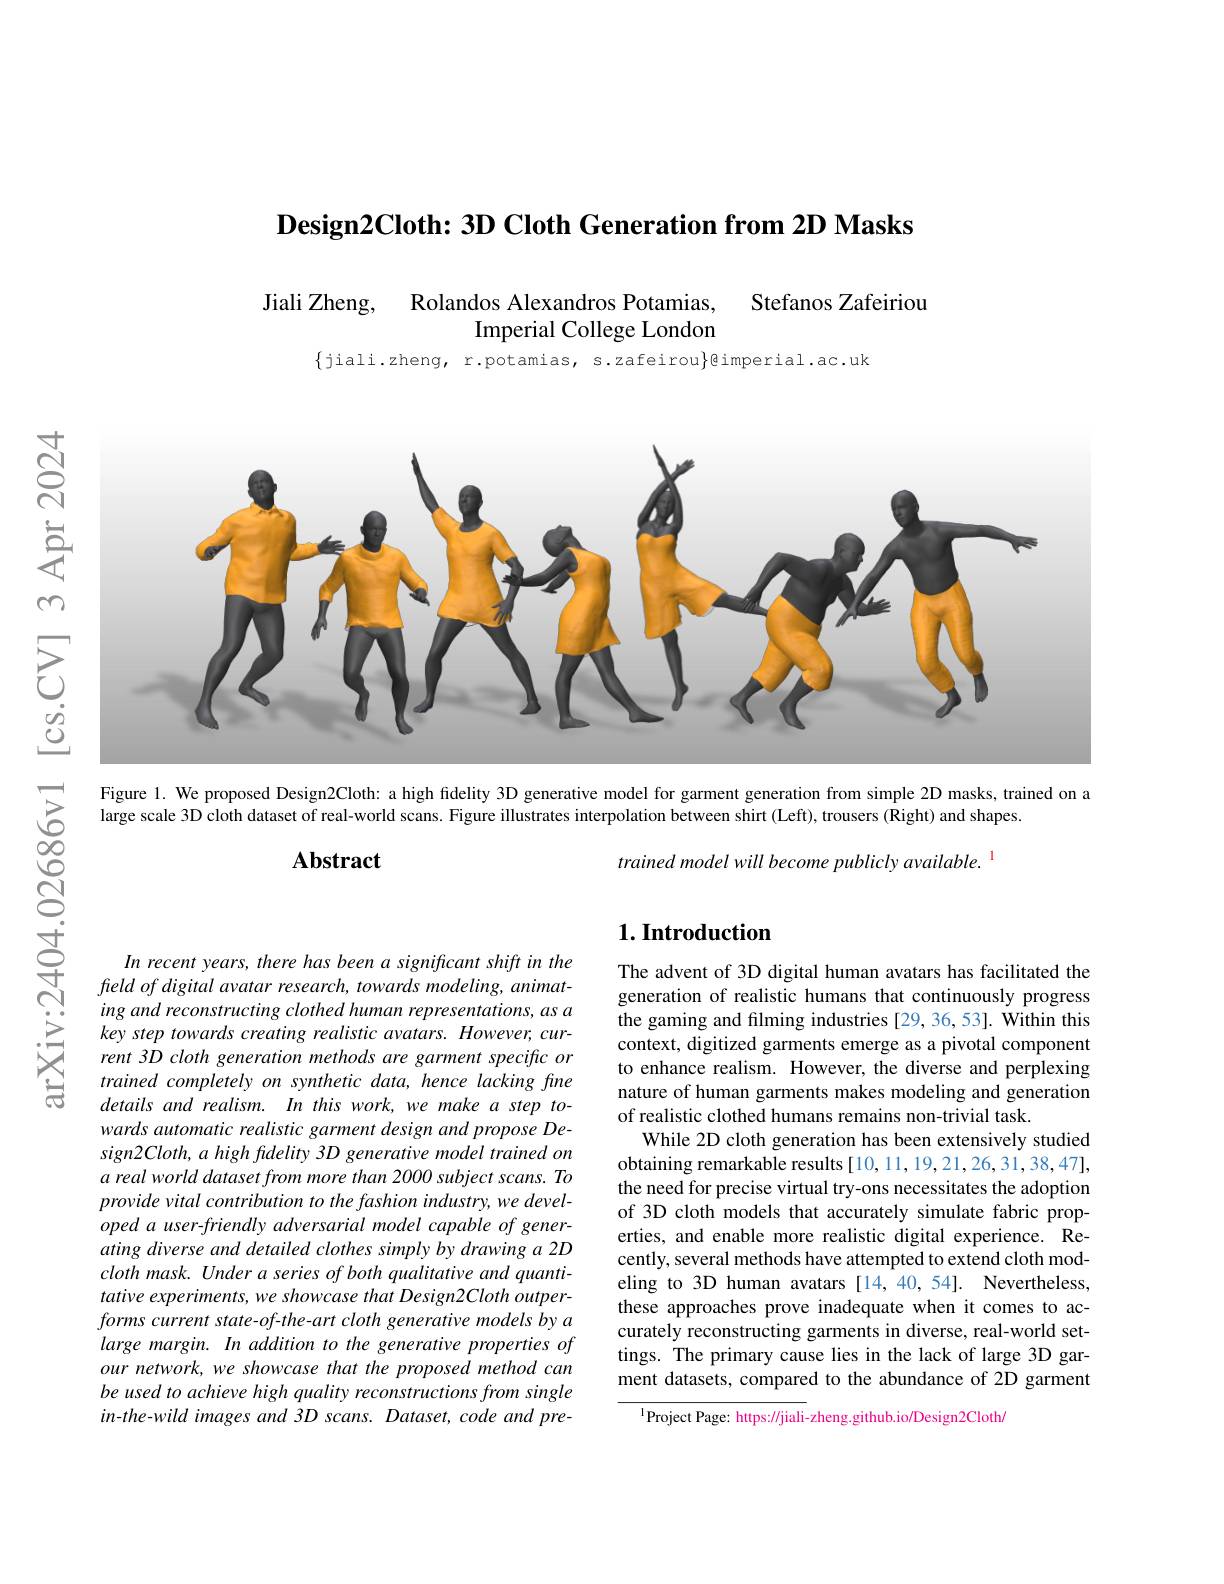
$\textbf{Design2Cloth: 3D Cloth Generation from 2D Masks}$

Stefanos Zafeiriou

Jiali Zheng, Rolandos Alexandros Potamias,
Imperial College London

$\{$jiali.zheng, r.potamias, s.zafeirou$\}$@imperial.ac.uk

<FigureHere>

Figure 1. We proposed Design2Cloth: a high fidelity 3D generative model for garment generation from simple 2D masks, trained on a

large scale 3D cloth dataset of real-world scans. Figure illustrates interpolation between shirt (Left), trousers (Right) and shapes

$ప్ర్లై$

trained model will become publicly available.

$\mathbf{Abstract}$

## $1. \textbf{Introduction}$

李

The advent of 3D digital human avatars has facilitated the generation of realistic humans that continuously progress the gaming and filming industries [29,36,53]. Within this context, digitized garments emerge as a pivotal component to enhance realism. However, the diverse and perplexing nature of human garments makes modeling and generation of realistic clothed humans remains non-trivial task.
While 2D cloth generation has been extensively studied obtaining remarkable results [10,11,19,21,26,31,38,47], the need for precise virtual try-ons necessitates the adoption of 3D cloth models that accurately simulate fabric properties, and enable more realistic digital experience. Recently, several methods have attempted to extend cloth modeling to 3D human avatars [14,40,54]. Nevertheless, these approaches prove inadequate when it comes to accurately reconstructing garments in diverse, real-world settings. The primary cause lies in the lack of large 3D garment datasets, compared to the abundance of 2D garment

In recent years, there has been a significant shift in the fieldofdigital avatar research, towards modeling, animating and reconstructing clothed human representations, as a key step towards creating realistic avatars. However, current 3D cloth generation methods are garment specific or trained completely on synthetic data, hence lacking fine details and realism. In this work, we make a step towards automatic realistic garment design and propose De- $sign2Cloth,a$ high fidelity 3D generative model trained on a real world dataset from more than 2000 subject scans. To provide vital contribution to the fashion industry, we developed a user-friendly adversarial model capable of generating diverse and detailed clothes simply by drawing a 2D $clothmask.Underaseriesofbothqualitativeandquanti-$ tative experiments, we showcase that Design2Cloth outperforms current state- of-the- art cloth generative models by a large margin. In addition to the generative properties of our network, we showcase that the proposed method can be used to achieve high quality reconstructions from single in-the-wild images and 3D scans. Dataset, code and pre-

$^{1}$Project Page: https://jiali-zheng.github.io/Design2Clotha